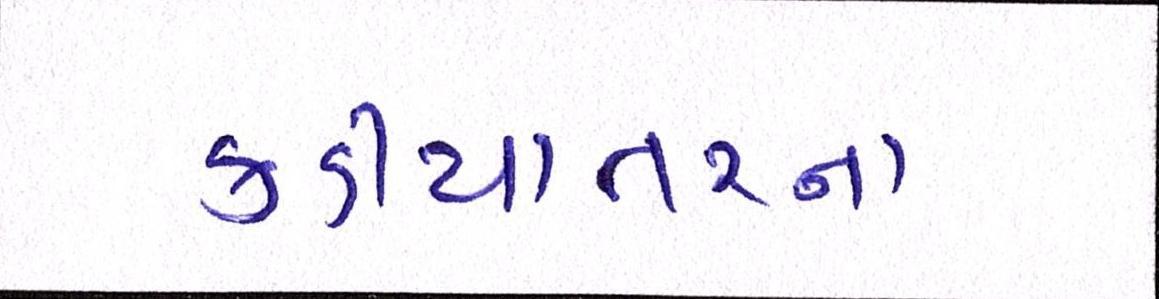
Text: કડીયાતરના